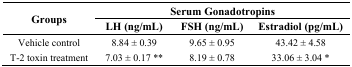
<table><thead><tr><td rowspan="2"><b>Groups</b></td><td colspan="3"><b>Serum Gonadotropins</b></td></tr><tr><td><b>LH (ng/mL)</b></td><td><b>FSH (ng/mL)</b></td><td><b>Estradiol (pg/mL)</b></td></tr></thead><tbody><tr><td>Vehicle control</td><td>8.84 ± 0.39</td><td>9.65 ± 0.95</td><td>43.42 ± 4.58</td></tr><tr><td>T-2 toxin treatment</td><td>7.03 ± 0.17 **</td><td>8.19 ± 0.78</td><td>33.06 ± 3.04 *</td></tr></tbody></table>